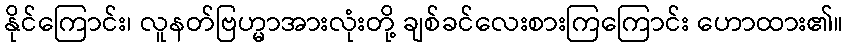
နိုင်ကြောင်း၊ လူနတ်ဗြဟ္မာအားလုံးတို့ ချစ်ခင်လေးစားကြကြောင်း ဟောထား၏။